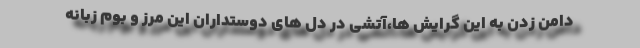
دامن زدن به این گرایش ها،آتشی در دل های دوستداران این مرز و بوم زبانه